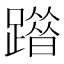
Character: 𨅦